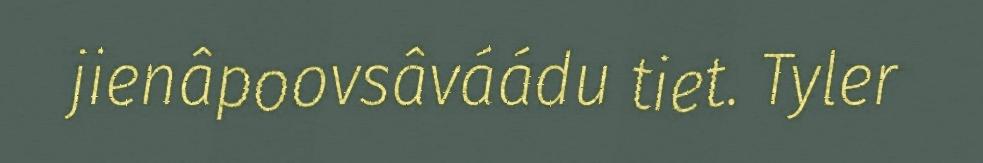
jienâpoovsâváádu tiet. Tyler